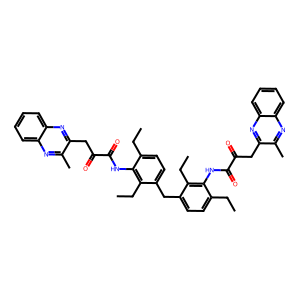
SMILES: CCc1ccc(Cc2ccc(CC)c(NC(=O)C(=O)Cc3nc4ccccc4nc3C)c2CC)c(CC)c1NC(=O)C(=O)Cc1nc2ccccc2nc1C
Inhibits HIV replication: No